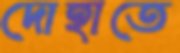
দোহাতে